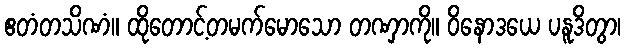
ဧတံတသိဏံ။ ထိုတောင့်တမက်မောသော တဏှာကို။ ဝိနောဒယေ ပနူဒိတွာ၊